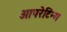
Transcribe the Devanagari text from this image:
आपरेटिन्ग